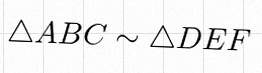
\triangle ABC\sim\triangle DEF